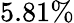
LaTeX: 5.81\%